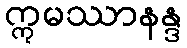
ဣမဿာနန္ဒ